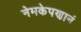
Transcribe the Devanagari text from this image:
नेमकेपणानं